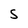
Character: S